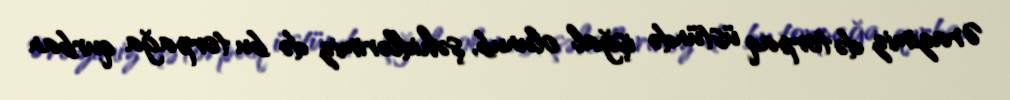
Ərazimiz də torpaq üstündə işğal olunub, şəhidlərimiz də bu torpağa qurban